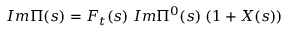
I m \Pi ( s ) = F _ { t } ( s ) \; I m \Pi ^ { 0 } ( s ) \; ( 1 + X ( s ) )